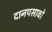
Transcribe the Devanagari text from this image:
दानपसावो